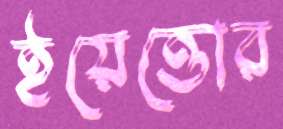
ইয়েত্তোর